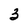
Character: 3